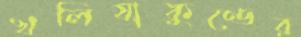
খলিষাকুণ্ডের